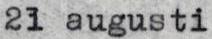
21 augusti